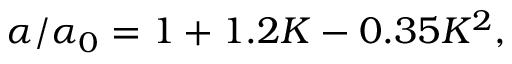
{ \alpha } / { \alpha _ { 0 } } = 1 + 1 . 2 K - 0 . 3 5 K ^ { 2 } ,